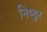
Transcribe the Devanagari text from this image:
निष्‍ठुर